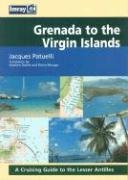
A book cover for Grenada to the Virgin Islands: A Cruising Guide to the Lesser Antilles; Jacques Patuelli; Travel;